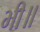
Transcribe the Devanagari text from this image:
भी॥